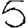
Digit: 5